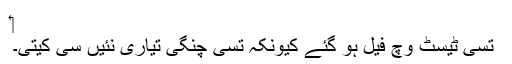
‏
تُسی ٹیسٹ وچ فیل ہو گئے کیونکہ تُسی چنگی تیاری نئیں سی کیتی۔